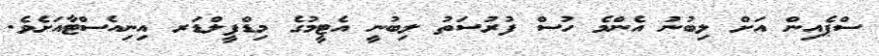
ސްޕެއިން އަށް ލިބުނު އެންމެ ހުސް ފުރުސަތު ލިބުނީ އެޓީމުގެ މިޑްފީލްޑަރ އިނިއެސްޓާއަށެވެ.